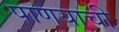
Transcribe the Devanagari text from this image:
पाणयाची